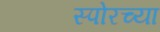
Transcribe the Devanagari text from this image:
स्पोरच्या